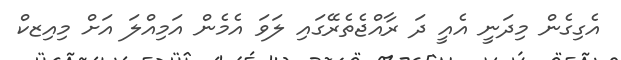
އެގިގެން މިދަނީ އެއީ ދަ ރާއްޖެތެރޭގައި ލަވަ އެމެން އަމިއްލަ އަށް މިއިޒކް